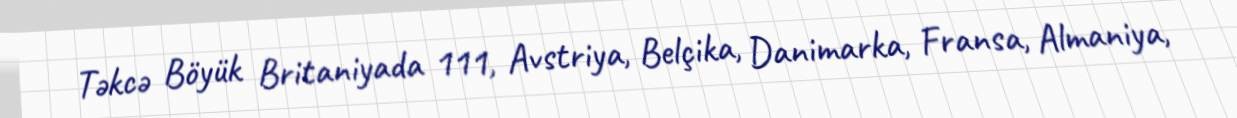
Təkcə Böyük Britaniyada 111, Avstriya, Belçika, Danimarka, Fransa, Almaniya,